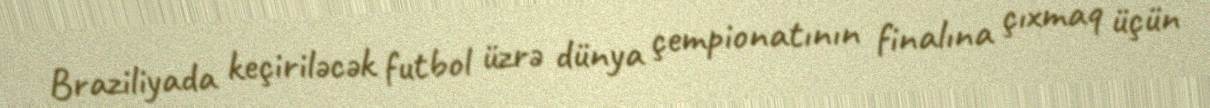
Braziliyada keçiriləcək futbol üzrə dünya çempionatının finalına çıxmaq üçün